Report of the Municipal Commissioner on the plague in Bombay for the year ending 31st May... - Volume 1
Disease focus: Plague
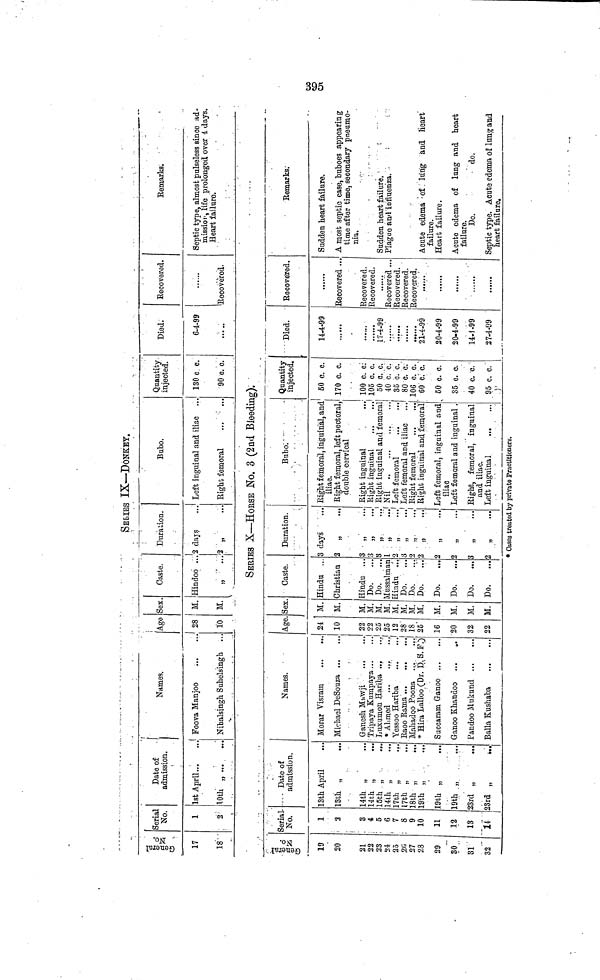
395
SErIES IX—DONKEY.
General
No.
17
18
Serial
No.
1
2
Date of
admission.
1st April
J
10th „
Names,
Foova Manjoo
Nihalsjngh Suhelsingh ...
Age
8
10
Sex.
M.
M.
Caste.
Hindoo ...
»
Duration.
2 clays
Bubo.
Left inguinal and iliac
Eight femoral
Quantity
injected.
130 c c.
90 c. c.
Died.
6-4-99
Recovered.
Eecovered.
Remarks.
Septic type, almost pulseless sinco ad-
mission, life prolonged over 4 days.
Heart failure.
SERIES X—HORSE No. 3 (2nd Bleeding).
•ON
I«J9U9JC)
19
20
21
22
23
24
2δ
2«
27
28
29
SO
SI
32
Serial-
No.
1
3
3
4
5
6
7
8
9
10
11
12
IS
U
1
Date of
admission.
13th April
13th „
14th „
14th „
15th „
14th „
17th „
·*·
//
"
17th „
18th „
19'th „
19th „
19th „
23rd „
23rd „
1
Names.
Morar Visram
Michael DeSouza
Ganesh Muwji
Tripaya Kumpaya
Luxumon Hariba ,.,
* Ahmed
Yessoo Hariba
Eaoo Kama
Mahadoo Poona
* Hira Lalloo (Dr. D. S. P.)
Succaram Ganoo
Ganoo Khandoo ...
..
Pandoo Mukund ..,
Baila Kushaba
Age
24
10
I
22
9 2
25
25
12
28
18
26
16
20
32
22
.Sex
M.
M.
M.
M.
M.
M.
M.
M.
M.
M.
M.
M.
M.
M.
Caste.
Hindu .
Christian
Hindu .
Do.
Do.
Mussalma
Hindu ..
Do.
Do.
Do.
Do.
Do.
Do.
Do.
.3
2
.3
.3
.3
αϊ
. 2
'.3
. 2
. 2
• 2
o
, 1
O
Duration.
lays
f
Bubo.
Eight femoral, inguinal, and
V, .
' w
'
ihac.
Right femoral, left pectoral,
double cervical
Right inguinal
Right inguinal
Right inguinal and femoral
Nil
..'
Left femoral
Left femoral and iliac
Right femoral
Right inguinal and femoral
Left femoral, inguinal and
iliac
Left femoral and inguinal .
Right, femoral, inguinal
and iliac.
Left inguinal
Quantity
injected,
' 50 c. c.
170 c. c.
100 c. c.
105 c. c.
50 c. c.
40 c. c.
35 c. c.
80 c. c.
106 c. c.
60 c. c.
60 c. c.
35 c. c.
40 c. c.
95 c. c.
\
Died.
14-4-99
{7-4-99
.'.'.'..'.'
......
2*ϊ·4.'99
20-4-99
20-4-99
14-1-99
27-4-99
Recovered.
Recovered ..
Recovered.
Recovered.
Secovered ...
Recovered.
Recovered.
Recovered.
......
Eemarks.
Sudden heart failure.
A most septic case, buboes appearing
time after time, secondary pneumo-
nia.
Sudden heart failure,
Plague and influenza.
Acute edema of lung and heart
failure.
Heart failure.
Acute edema of lung and heart
failure.
Do.
do.
Septic type. Acute edema of lung and
heart failure.
* Cases treated by private Practitioners.